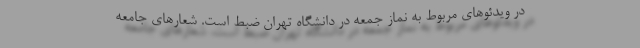
در ویدئوهای مربوط به نماز جمعه در دانشگاه تهران ضبط است. شعارهای جامعه